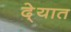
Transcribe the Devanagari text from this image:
दे्यात